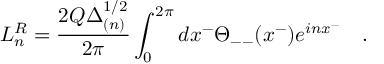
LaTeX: L _ { n } ^ { R } = \frac { 2 Q \Delta _ { ( n ) } ^ { 1 / 2 } } { 2 \pi } \int _ { 0 } ^ { 2 \pi } d x ^ { - } \Theta _ { -- } ( x ^ { - } ) e ^ { i n x ^ { - } } \quad .